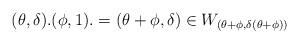
LaTeX: \begin{align*} (\theta,\delta).(\phi,1). = (\theta+\phi,\delta ) \in W_{(\theta+\phi,\delta(\theta+\phi) )} \end{align*}